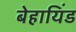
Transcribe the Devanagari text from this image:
बेहायिंड